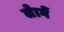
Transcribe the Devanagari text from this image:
लेागें